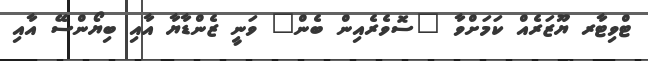
ޓްވިޓާރ ޔޫޒަރެއް ކަމަށްވާ "ސޮވެރެއިން ބެން" ވަނީ ޒެންޑާޔާ އާއި ބިޔޯންސޭ އާއި